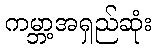
ကမ္ဘာ့အရှည်ဆုံး